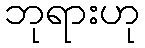
ဘုရားဟု